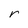
Character: r